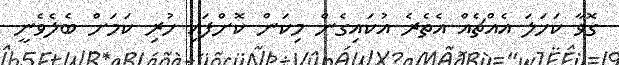
ގޮވާ ކަހަލަ އެއްޗެއް އެތެރެ އުކައިގެން މިކަން ކޮށްފައި ހުރި ކަމަށް ބެލެވެނީ